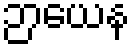
ဉာယေန